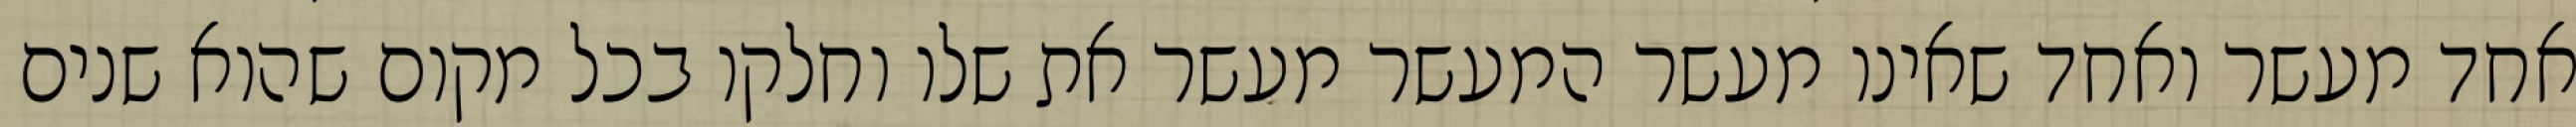
אחד מעשר ואחד שאינו מעשר המעשר מעשר את שלו וחלקו בכל מקום שהוא שנים